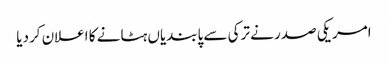
امریکی صدر نے ترکی سے پابندیاں ہٹانے کا اعلان کردیا